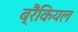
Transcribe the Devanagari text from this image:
ब्रैंकियल